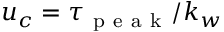
u _ { c } = \tau _ { \mathrm { ~ p ~ e ~ a ~ k ~ } } / k _ { w }